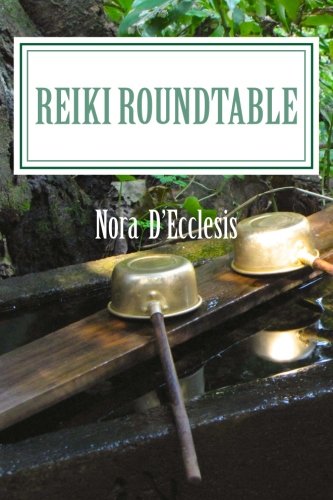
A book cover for Reiki Roundtable; Nora D'Ecclesis; Religion & Spirituality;